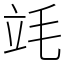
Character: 竓